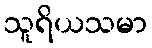
သူရိယသမာ